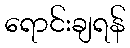
ရောင်းချရန်